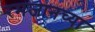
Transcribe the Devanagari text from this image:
रमजानच्या